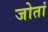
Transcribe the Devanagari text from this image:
जोतां